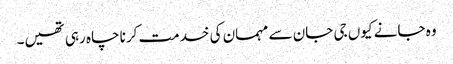
وہ جانے کیوں جی جان سے مہمان کی خدمت کرنا چاہ رہی تھیں۔